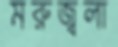
মরুজ্বলা